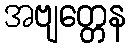
အဗျတ္တေန